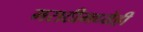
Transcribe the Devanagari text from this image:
मराठीमध्येही